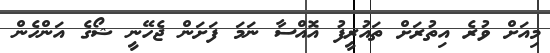
މިއަށް ވުރެ އިތުރަށް ތައުރީފު އޮއްސާ ނަމަ ފަށަން ޖެހޭނީ ޝޯގެ އަންހެން